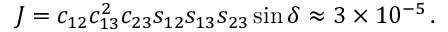
\, J = c _ { 1 2 } c _ { 1 3 } ^ { 2 } c _ { 2 3 } s _ { 1 2 } s _ { 1 3 } s _ { 2 3 } \sin \delta \approx 3 \times 1 0 ^ { - 5 } \, .